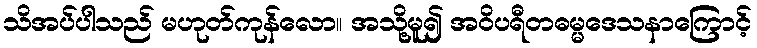
သိအပ်ပါသည် မဟုတ်ကုန်လော။ အသို့မူ၍ အဝိပရီတဓမ္မဒေသနာကြောင့်